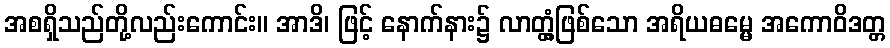
အစရှိသည်တို့လည်းကောင်း။ အာဒိ၊ ဖြင့် နောက်နား၌ လာတ္တံ့ဖြစ်သော အရိယဓမ္မေ အကောဝိဒတ္တ